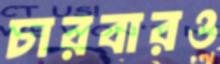
চারবারও